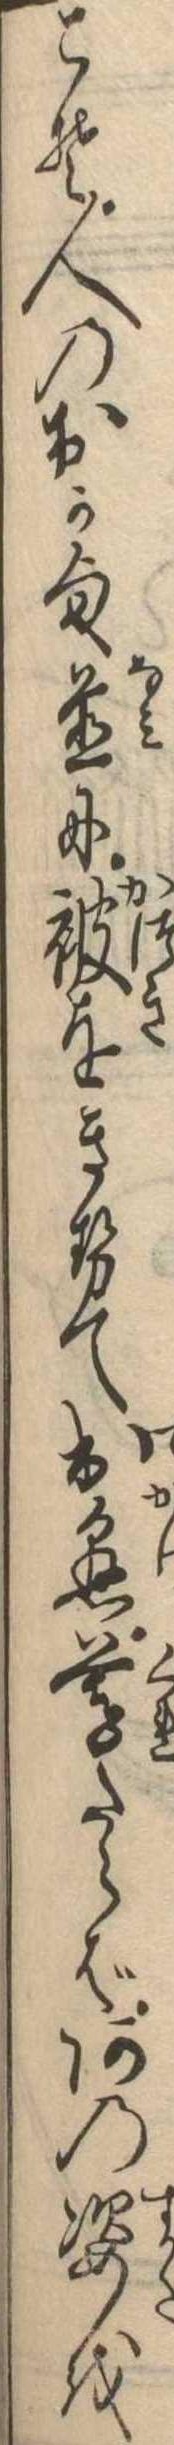
こそ人のおか様並に被をきせて出懸暮たらばあの姿を